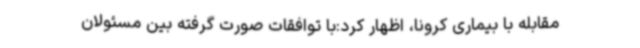
مقابله با بیماری کرونا، اظهار کرد:با توافقات صورت گرفته بین مسئولان